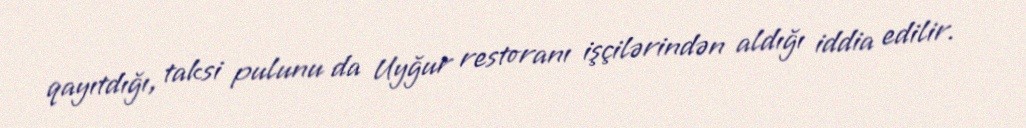
qayıtdığı, taksi pulunu da Uyğur restoranı işçilərindən aldığı iddia edilir.